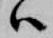
ハ